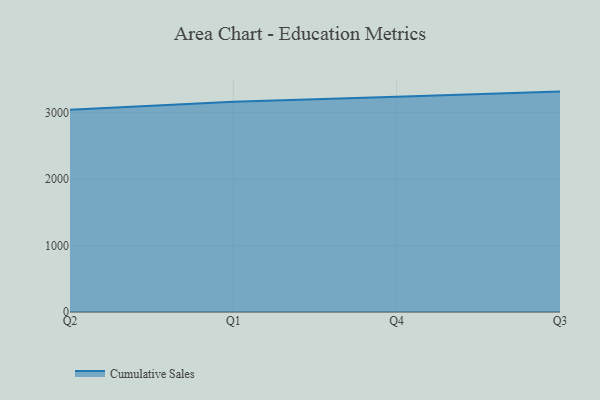
{"axis": {"x": "Quarter", "y": "Latency (ms)"}, "legend": ["Cumulative Sales"], "data": [{"x": "Q2", "y": 3047.1, "type": "Cumulative Sales"}, {"x": "Q1", "y": 3164.7, "type": "Cumulative Sales"}, {"x": "Q4", "y": 3241.1, "type": "Cumulative Sales"}, {"x": "Q3", "y": 3319.0, "type": "Cumulative Sales"}]}